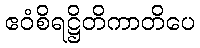
ဧဝံစိရဋ္ဌိတိကာတိပေ